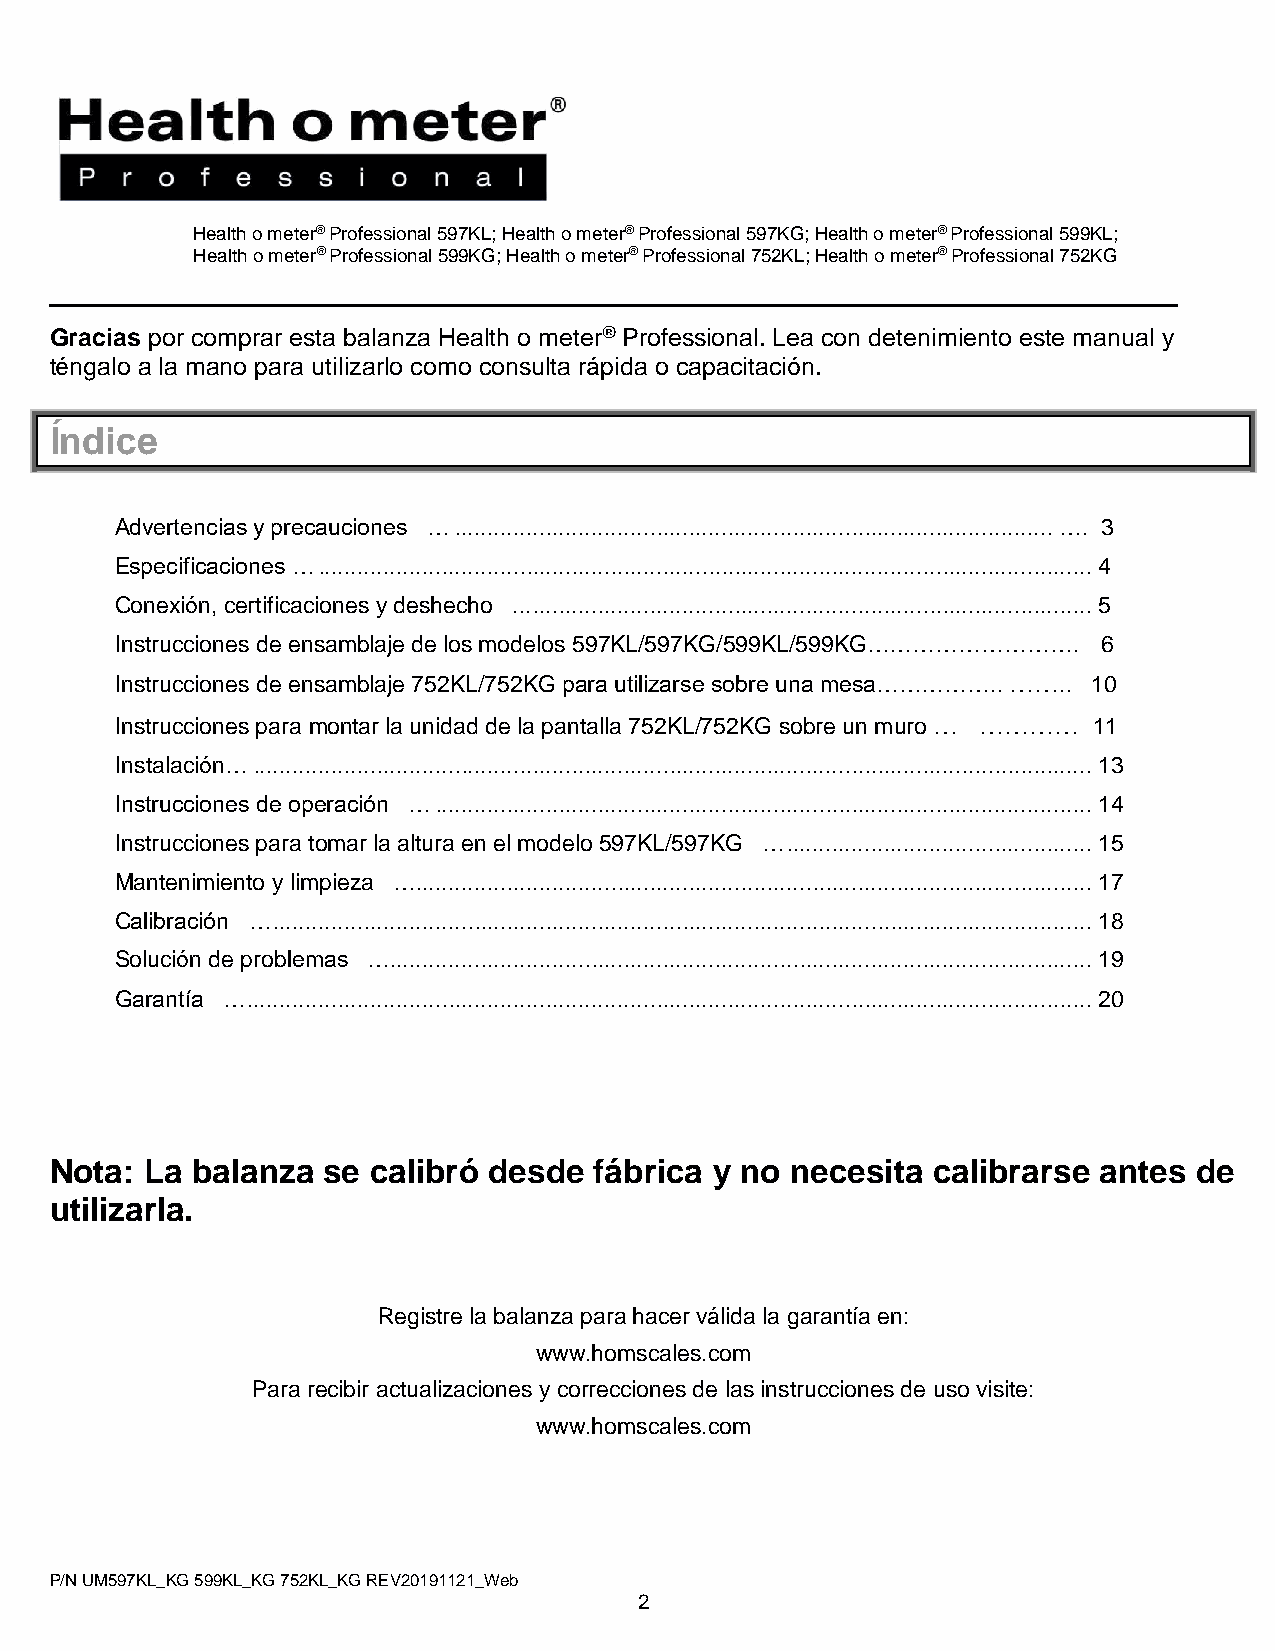
Health o meter® Professional 597KL; Health o meter® Professional 597KG; Health o meter® Professional 599KL;
 Health o meter® Professional 599KG; Health o meter® Professional 752KL; Health o meter® Professional 752KG
 Gracias por comprar esta balanza Health o meter® Professional. Lea con detenimiento este manual y
 téngalo a la mano para utilizarlo como consulta rápida o capacitación.
 Índice
 Advertencias y precauciones … ............................................................................................ …. 3
 Especificaciones … ....................................................................................................................... 4
 Conexión, certificaciones y deshecho ... ...................................................................................... 5
 Instrucciones de ensamblaje de los modelos 597KL/597KG/599KL/599KG………………………. 6
 Instrucciones de ensamblaje 752KL/752KG para utilizarse sobre una mesa…………….. …….. 10
 Instrucciones para montar la unidad de la pantalla 752KL/752KG sobre un muro … ………… 11
 Instalación… ................................................................................................................................. 13
 Instrucciones de operación … ..................................................................................................... 14
 Instrucciones para tomar la altura en el modelo 597KL/597KG … ............................................... 15
 Mantenimiento y limpieza …........................................................................................................ 17
 Calibración … .............................................................................................................................. 18
 Solución de problemas …............................................................................................................ 19
 Garantía … .................................................................................................................................. 20
 Nota:  La balanza se calibró desde  fábrica y no necesita  calibrarse antes de
 utilizarla.
 Registre la balanza para hacer válida la garantía en:
 www.homscales.com
 Para recibir actualizaciones y correcciones de las instrucciones de uso visite:
 www.homscales.com
 P/N UM597KL_KG 599KL_KG 752KL_KG REV20191121_Web
 2